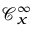
{ \mathcal { C } } _ { x } ^ { \infty }